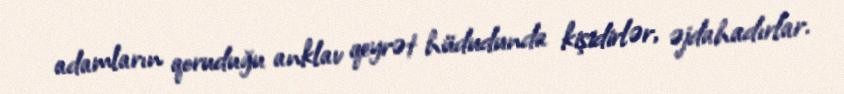
adamların qoruduğu anklav qeyrət hüdudunda kişidirlər, əjdahadırlar.